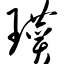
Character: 瓒